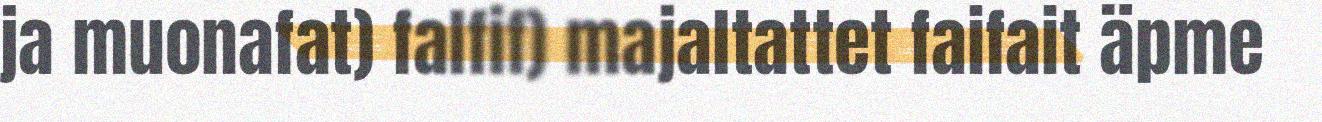
ja muonafat) falfif) majaltattet faifait äpme